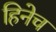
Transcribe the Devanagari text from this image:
हिनेच